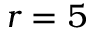
r = 5